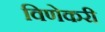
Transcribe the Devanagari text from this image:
विणेकरी